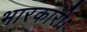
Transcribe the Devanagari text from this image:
भारकारी।